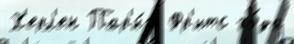
Х'ерл'ен Пар'и́ж Фр'итс го́да